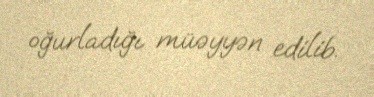
oğurladığı müəyyən edilib.